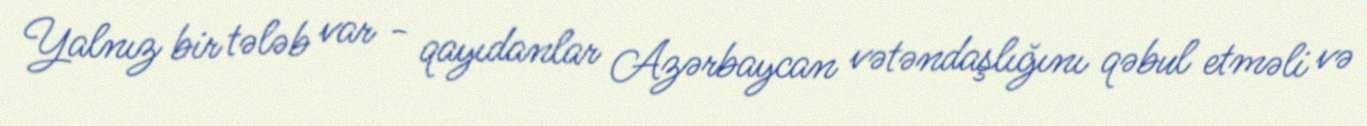
Yalnız bir tələb var - qayıdanlar Azərbaycan vətəndaşlığını qəbul etməli və